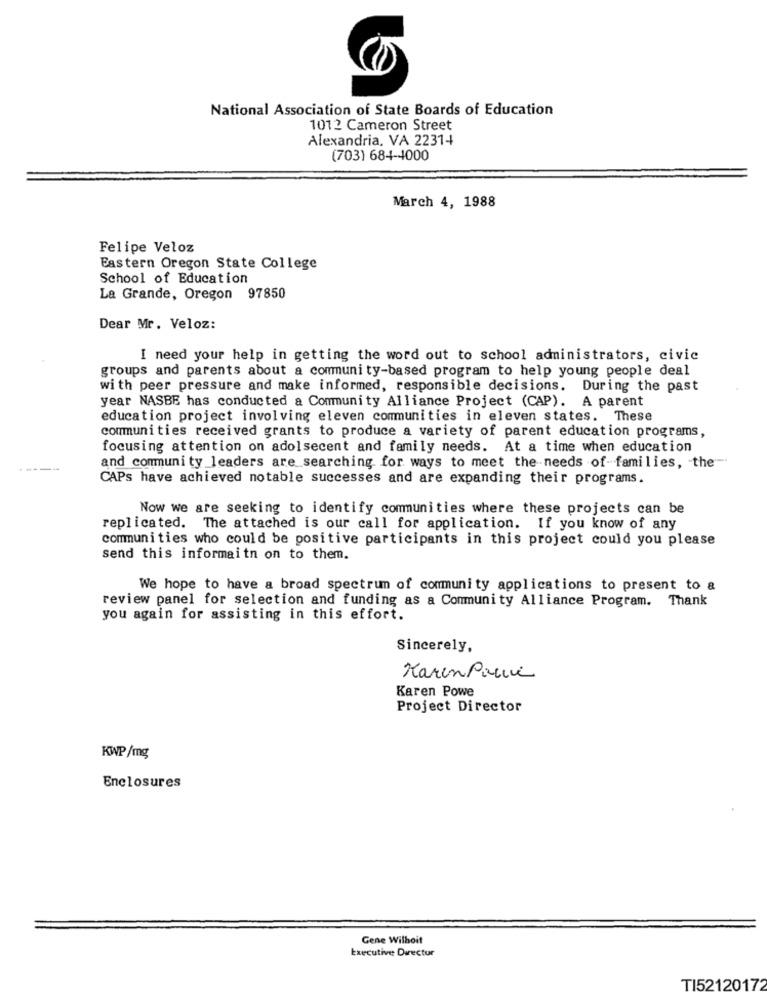
National Association of State Boards of Education
1012 Cameron Street
Alexandria, VA 2231+
(703) 684-4000
March 4, 1988
Felipe Veloz
Eastern Oregon State College
School of Education
La Grande, Oregon 97850
Dear Mr. Veloz:
I need your help in getting the word out to school administrators, civic
groups and parents about a community-based program to help young people deal
with peer pressure and make informed, responsible decisions. During the past
year NASBE has conducted a Community Alliance Project (CAP). A parent
education project involving eleven communities in eleven states. These
communities received grants to produce a variety of parent education programs,
focusing attention on adolsecent and family needs. At a time when education
and community leaders are searching for ways to meet the needs of-families, the-
CAPs have achieved notable successes and are expanding their programs.
Now we are seeking to identify communities where these projects can be
replicated. The attached is our call for application. If you know of any
communities who could be positive participants in this project could you please
send this informaitn on to them.
We hope to have a broad spectrum of community applications to present to &
review panel for selection and funding as a Community Alliance Program. Thank
you again for assisting in this effort.
Sincerely,
Karen Pane
Karen Powe
Project Director
KWP/mg
Enclosures
Gene Wilhoit
Executive Director
TI52120172